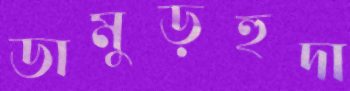
ডামুড়হুদা